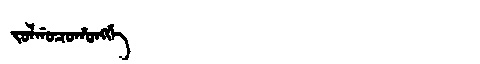
Manchu: ᠵᠣᠯᡤᠣᠴᠣᡥᠣᠩᡤᡝ
Romanization: JOLGOCOHONGGE